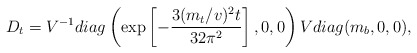
\begin{align*}D_t = V^{-1} diag \left(\exp\left[-\frac{3(m_t/v)^2 t}{32 \pi^2} \right], 0, 0 \right) V diag(m_b, 0, 0),\end{align*}